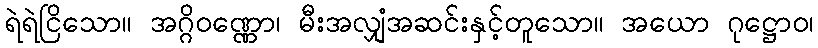
ရဲရဲငြိသော။ အဂ္ဂိဝဏ္ဏော၊ မီးအလျှံအဆင်းနှင့်တူသော။ အယော ဂုဋ္ဌောဝ၊